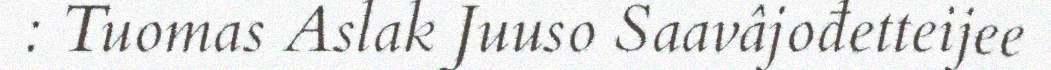
: Tuomas Aslak Juuso Saavâjođetteijee